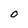
Character: O